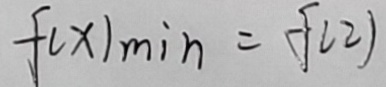
f ( x ) _ { \min } = f ( 2 )